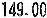
149.00